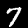
Digit: 7